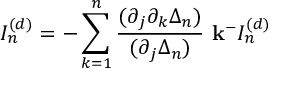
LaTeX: I _ { n } ^ { ( d ) } = - \sum _ { k = 1 } ^ { n } \frac { ( \partial _ { j } \partial _ { k } \Delta _ { n } ) } { ( \partial _ { j } \Delta _ { n } ) } ~ { \bf k ^ { - } } I _ { n } ^ { ( d ) }